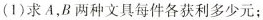
(1)求 A，B 两种文具每件各获利多少元；